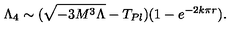
\Lambda _ { 4 } \sim ( \sqrt { - 3 M ^ { 3 } \Lambda } - T _ { P l } ) ( 1 - e ^ { - 2 k \pi r } ) .